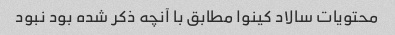
محتویات سالاد کینوا مطابق با آنچه ذکر شده بود نبود